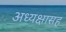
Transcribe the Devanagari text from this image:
अध्यक्षासह